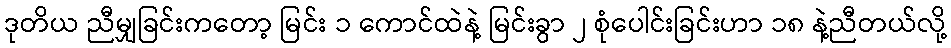
ဒုတိယ ညီမျှခြင်းကတော့ မြင်း ၁ ကောင်ထဲနဲ့ မြင်းခွာ ၂ စုံပေါင်းခြင်းဟာ ၁၈ နဲ့ညီတယ်လို့